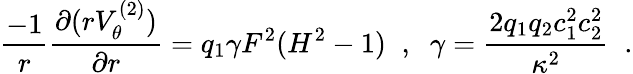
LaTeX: \frac{-1}{r}\frac{\partial(rV_{\theta}^{(2)})}{\partial r}=q_{1}\gamma F^{2}(H^{2}-1)\; \; ,\; \; \gamma=\frac{2q_{1}q_{2}c_{1}^{2}c_{2}^{2}}{\kappa^{2}}\; \; .